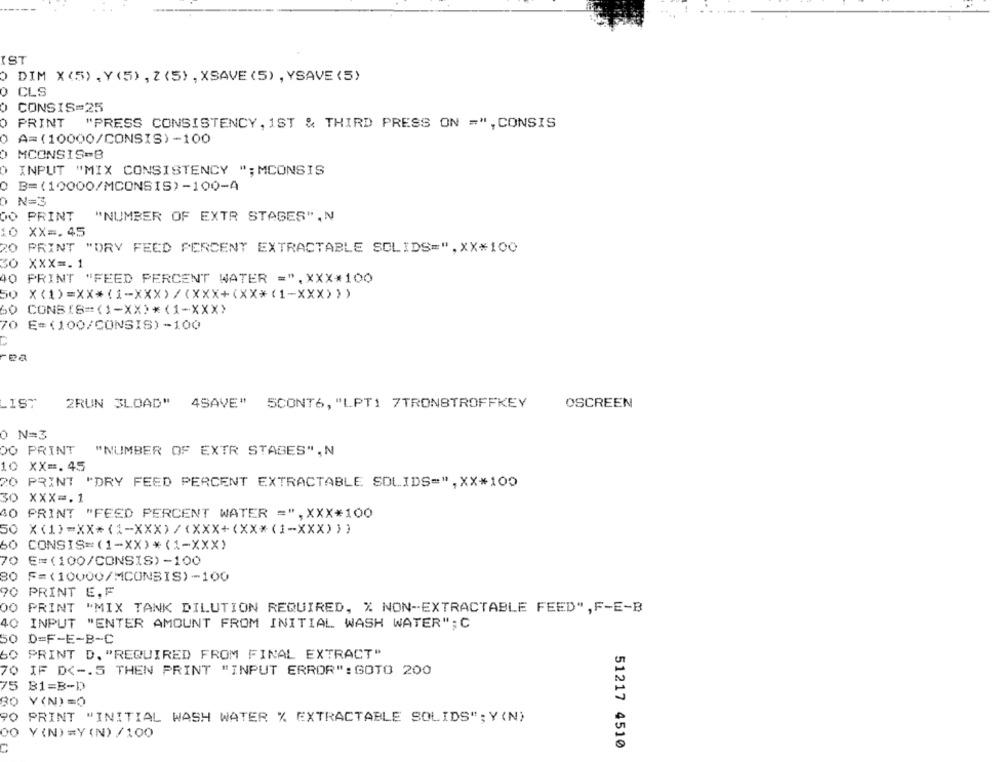
IST
O DIM X(5), Y (5) , Z (5) , XSAVE (5) , YSAVE (5)
CLS
CONSIS=25
PRINT
"PRESS CONSISTENCY, 1ST & THIRD PRESS ON =", CONSIS
A= (10000/CONSIS) -100
MCONSIS-B
INPUT "MIX CONSISTENCY "; MCONSIS
0
B=(10000/MCONSIS)-100-A
N=3
DO PRINT
"NUMBER OF EXTR STAGES", N
10 XX =. 45
20
PRINT "DRY FEED PERCENT EXTRACTABLE SOLIDS=",XX*100
30 XXX =. 1
40 PRINT "FEED PERCENT WATER =". XXX*100
50
50
CONBIS=(1-XX)*(1-XXX>
0 E=(100/CONSIS)-100
2RUN 3LOAD" 4SAVE" 5CONT6, "LPT1 7TRONSTROFFKEY
OSCREEN
0 N=3
DO PRINT
"NUMBER OF EXTR STAGES", N
10 XX =. 45
20 PRINT "DRY FEED PERCENT EXTRACTABLE SOLIDS=", XX*100
30 XXX =. 1
40 PRINT "FEED PERCENT WATER =", XXX*100
50 X (1)=XX*(1-XXX)/(XXX+(XX*(1-XXX)))
60 CONSIS=(1-XX)*(1-XXX)
70 E=(100/CONSIS)-100
80
F= (10000/MCONBIS)-100
90 PRINT E.F
OO PRINT "MIX TANK DILUTION REQUIRED, % NON-EXTRACTABLE FEED", F-E-B
40 INPUT "ENTER AMOUNT FROM INITIAL WASH WATER"; C
50 D=F-E-B-C
60 PRINT D. "REQUIRED FROM FINAL EXTRACT"
70 IF D <-. 5 THEN PRINT "INPUT ERROR": GOTO 200
75 B1=B-D
80 Y(N)=O
90 PRINT "INITIAL WASH WATER % EXTRACTABLE SOLIDS" ; Y (N)
00 Y(N) =Y(N) /100
51217 4510